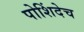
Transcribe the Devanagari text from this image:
पोशिंदेच